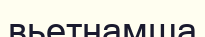
вьетнамша